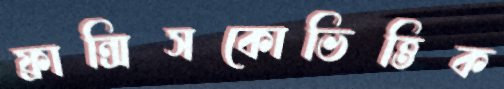
ফ্রান্সিসকোভিত্তিক